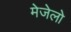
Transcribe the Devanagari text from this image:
मेजेलो